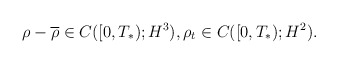
\begin{align*}& \rho-\overline{\rho}\in C([0,T_*);H^3), \rho_t \in C([0,T_*);H^2).\end{align*}